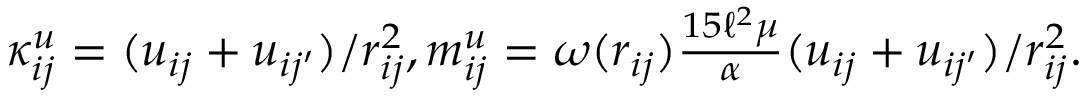
\begin{array} { r } { \kappa _ { i j } ^ { u } = ( u _ { i j } + u _ { i j ^ { \prime } } ) / r _ { i j } ^ { 2 } , m _ { i j } ^ { u } = \omega ( r _ { i j } ) \frac { 1 5 \ell ^ { 2 } \mu } { \alpha } ( u _ { i j } + u _ { i j ^ { \prime } } ) / r _ { i j } ^ { 2 } . } \end{array}